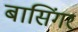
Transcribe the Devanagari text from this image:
बासिंगर